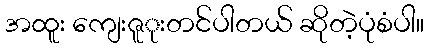
အထူး ကျေးဇူုးတင်ပါတယ် ဆိုတဲ့ပုံစံပါ။